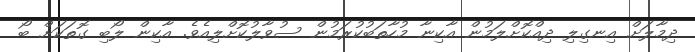
ދިމާލަށް އިނގިލި ދިއްކޮށްލަމުން އާކިނާ މުހާތަބުކުރަމުން ސުވާލުކޮށްލިއެވެ. އާކިން ލޯބި ގޮތަކަށް ބޯ